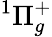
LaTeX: ^1\Pi_{g}^{+}